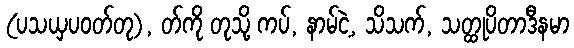
(ပသယှပဝတ်တု), တ်ကို တုသို့ ကပ်, နာမ်ငဲ့, သိသက်, သတ္ထုပိတာဒီနမာ